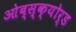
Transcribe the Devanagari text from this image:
ओब्स्क्योर्ड